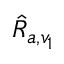
\hat { R } _ { a , v _ { 1 } }